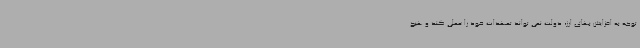
توجه به افزایش بهای ارز، دولت نمی تواند تعهدات خود را عملی کند و هیچ